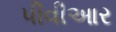
પીવીઆર